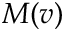
M ( v )